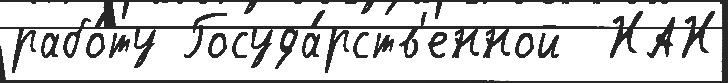
рабо́ту Госуда́рств'енной  НАН